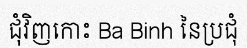
ជុំវិញកោះ Ba Binh នៃប្រជុំ